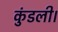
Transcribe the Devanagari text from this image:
कुंडली।